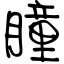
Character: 瞳